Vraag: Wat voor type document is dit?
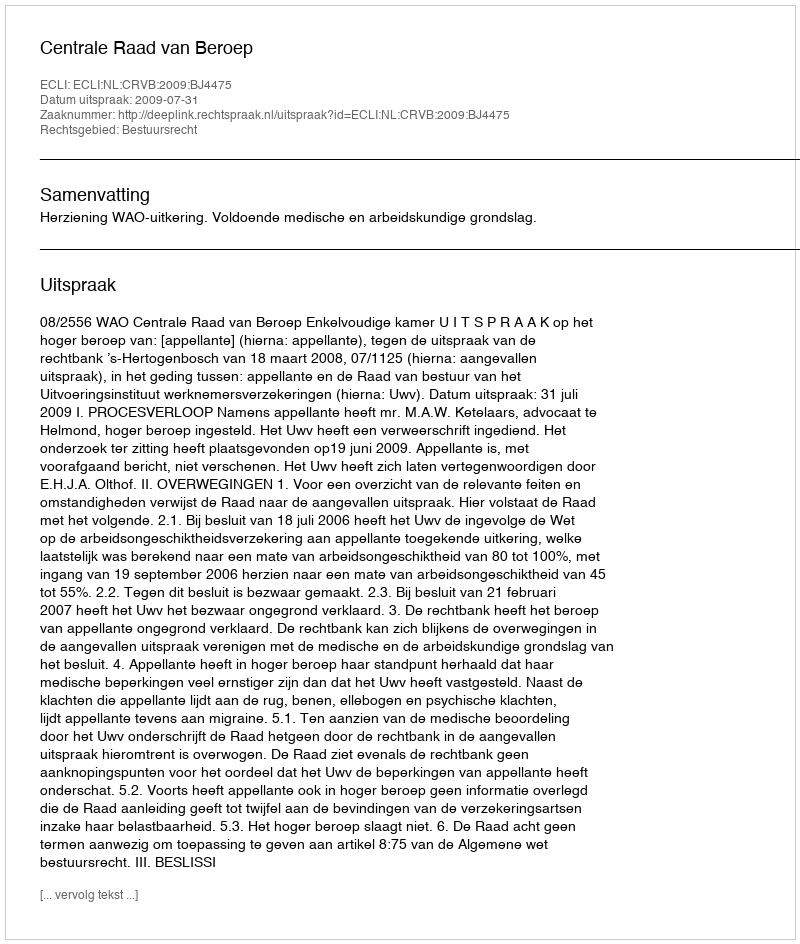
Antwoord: Uitspraak